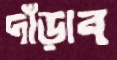
দাঁড়াব